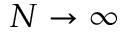
N \to \infty